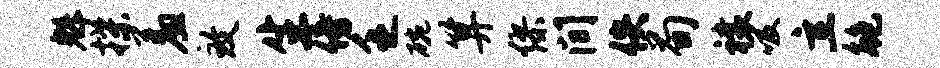
魁揲羞致生傍乏碗算缪间佚荀禳吸立鲍